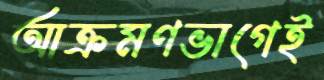
আক্রমণভাগেই